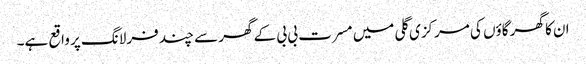
ان کا گھر گاؤں کی مرکزی گلی میں مسرت بی بی کے گھر سے چند فرلانگ پر واقع ہے۔